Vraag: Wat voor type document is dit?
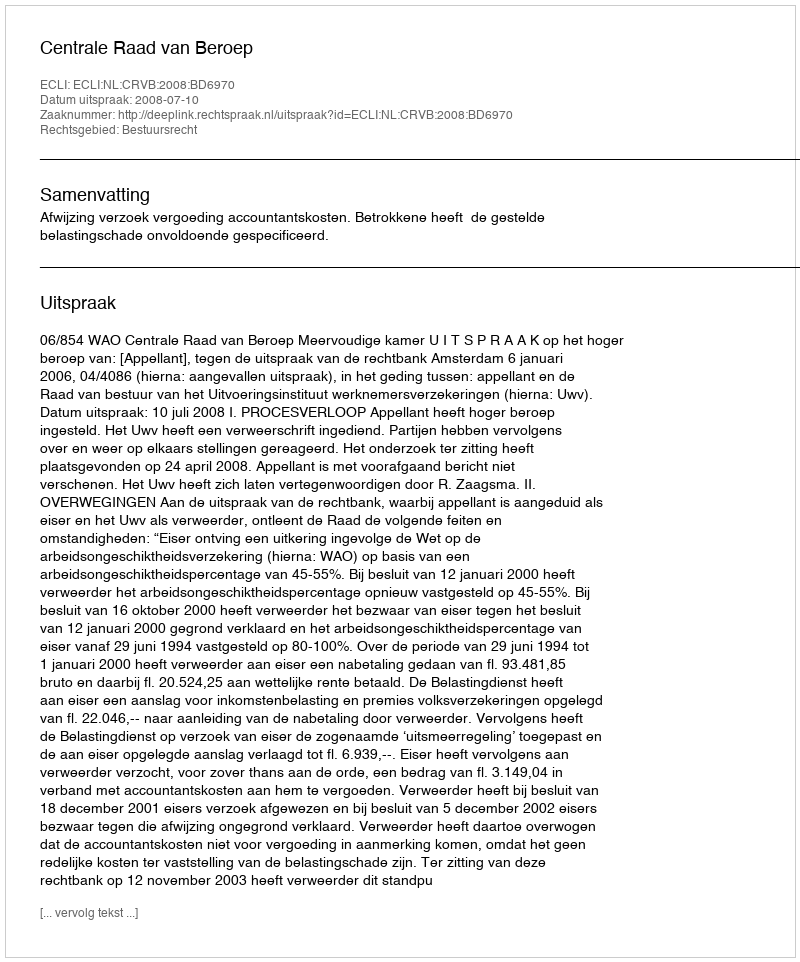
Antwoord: Uitspraak